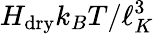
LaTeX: H_{\mathrm{dry}}k_{B}T/\ell_{K}^{3}